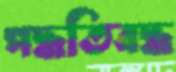
পদ্ধতিবদ্ধ